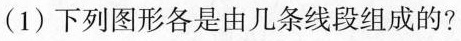
(1) 下列图形各是由几条线段组成的?